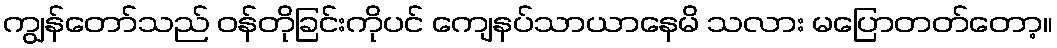
ကျွန်တော်သည် ဝန်တိုခြင်းကိုပင် ကျေနပ်သာယာနေမိ သလား မပြောတတ်တော့။